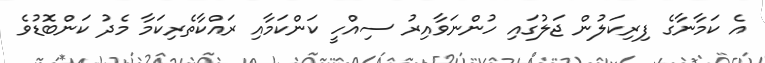
އެ ކަމާނާގެ ފިރިކަލުން ޖަލުގައި ހުންނަވާއިރު ސިއްހީ ކަންކަމާއި ރައްކާތެރިކަމާ މެދު ކަންބޮޑުވެ